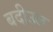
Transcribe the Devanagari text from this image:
बदीउल